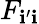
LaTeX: F_{\mathbf{i}^{\prime}\mathbf{i}}